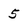
Character: 5